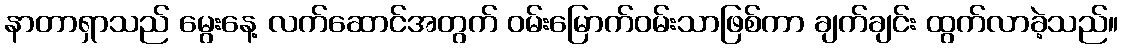
နာတာရှာသည် မွေးနေ့ လက်ဆောင်အတွက် ဝမ်းမြောက်ဝမ်းသာဖြစ်ကာ ချက်ချင်း ထွက်လာခဲ့သည်။